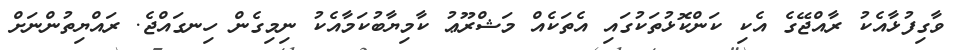
ވާގިފުޅާއެކު ރާއްޖޭގެ އެކި ކަންކޮޅުތަކުގައި އެތަކެއް މަޝްރޫޢު ކާމިޔާބުކަމާއެކު ނިމިގެން ހިނގައްޖެ. ރައްޔިތުންނަށް